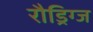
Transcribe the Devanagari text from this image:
रौड्रिग्ज